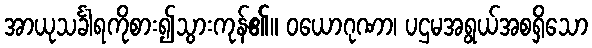
အာယုသင်္ခါရကိုစား၍သွားကုန်၏။ ဝယောဂုဏာ၊ ပဌမအရွယ်အစရှိသော